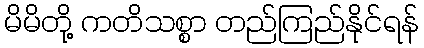
မိမိတို့ ကတိသစ္စာ တည်ကြည်နိုင်ရန်